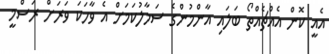
އެއީ ކޮން އެއްޗެއްތޯ ބަލައި އާންމުންގެ ސަމާލުކަމަށް އެ ވާހަކަ ވަރަށް ރަސްމީ